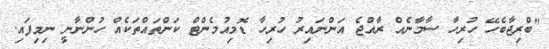
"ބްރިޖާބެހޭ ހުރިހާ ސާމާނެއް ރާއްޖެ އަންނައިރު ހުރިހާ ޑޮމިއުމެންޓް ކަންތައްތަކެއް ހުންނާނީ ނިމިފައި.